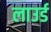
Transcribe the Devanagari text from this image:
लाउर्ड